[Report on the health of British troops in the Madras command]
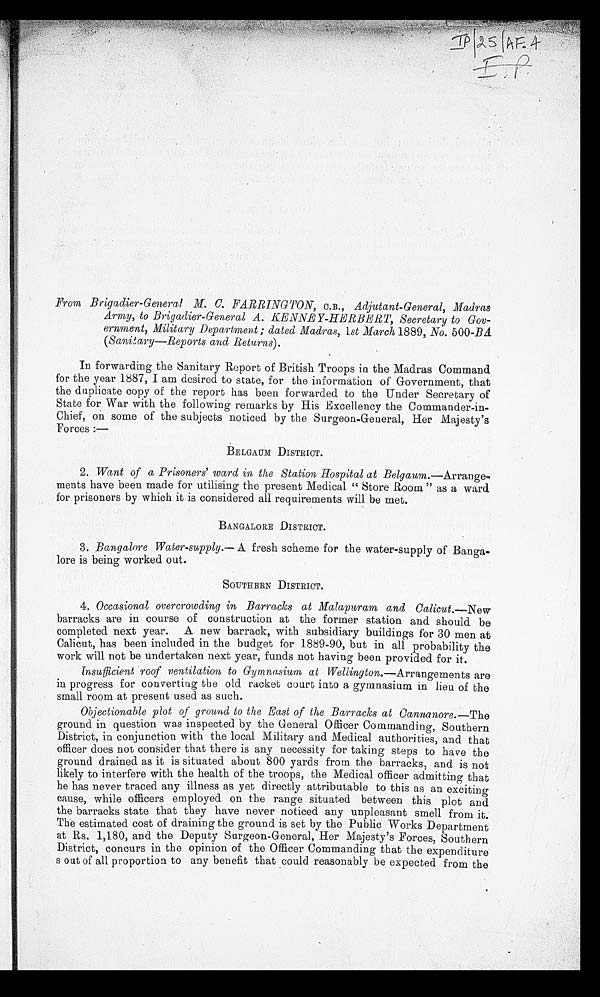
From Brigadier-General M. C. FARRINGTON, C.B., Adjutant-General, Madras
Army, to Brigadier-General A. KENNEY-HERBERT, Secretary to Gov
-ernment, Military Department; dated Madras, 1st March 1889, No. 500-BA.
(Sanitary—Reports and Returns).
In forwarding the Sanitary Report of British Troops in the Madras Command
for the year 1887, I am desired to state, for the information of Government, that
the duplicate copy of the report has been forwarded to the Under Secretary of
State for War with the following remarks by His Excellency the Commander-in
-Chief, on some of the subjects noticed by the Surgeon-General, Her Majesty's
Forces:—
BELGAUM DISTRICT.
2. Want of a Prisoners' ward in the Station Hospital at Belgaum .—Arrange-
ments have been made for utilising the present Medical "Store Room" as a ward
for prisoners by which it is considered all requirements will be met.
BANGALORE DISTRICT.
3. Bangalore Water-supply.— A fresh scheme for the water-supply of Banga-
lore is being worked out.
SOUTHERN DISTRICT.
4. Occasional overcrowding in Barracks at Malapuram and Calicut.— New
barracks are in course of construction at the former station and should be
completed next year. A new barrack, with subsidiary buildings for 30 men at
Calicut, has been included in the budget for 1889-90, but in all probability the
work will not be undertaken next year, funds not having been provided for it.
Insufficient roof ventilation to Gymnasium at Wellington.— Arrangements are
in progress for converting the old racket court into a gymnasium in lieu of the
small room at present used as such.
Objectionable plot of ground to the East of the Barracks at Cannanore.— The
ground in question was inspected by the General Officer Commanding, Southern
District, in conjunction with the local Military and Medical authorities, and that
officer does not consider that there is any necessity for taking steps to have the
ground drained as it is situated about 800 yards from the barracks, and is not
likely to interfere with the health of the troops, the Medical officer admitting that
he has never traced any illness as yet directly attributable to this as an exciting
cause, while officers employed on the range situated between this plot and
the barracks state that they have never noticed any unpleasant smell from it.
The estimated cost of draining the ground is set by the Public Works Department
at Rs. 1,180, and the Deputy Surgeon-General, Her Majesty's Forces, Southern
District, concurs in the opinion of the Officer Commanding that the expenditure
s out of all proportion to any benefit that could reasonably be expected from the